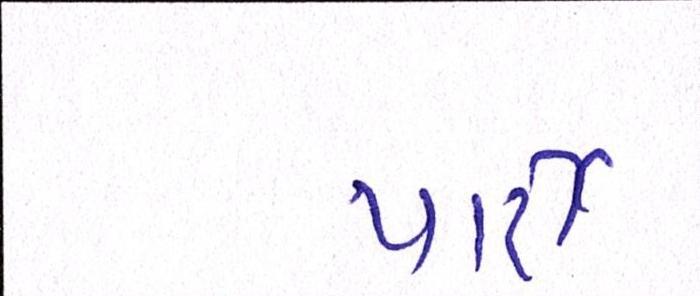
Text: પાટી